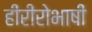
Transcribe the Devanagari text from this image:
हीरीरोभाषी